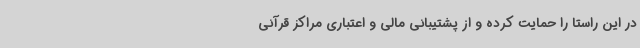
در این راستا را حمایت کرده و از پشتیبانی مالی و اعتباری مراکز قرآنی